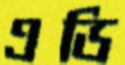
এডি